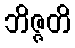
ဘိဇ္ဇတိ